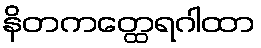
နိတကတ္ထေရဂါထာ